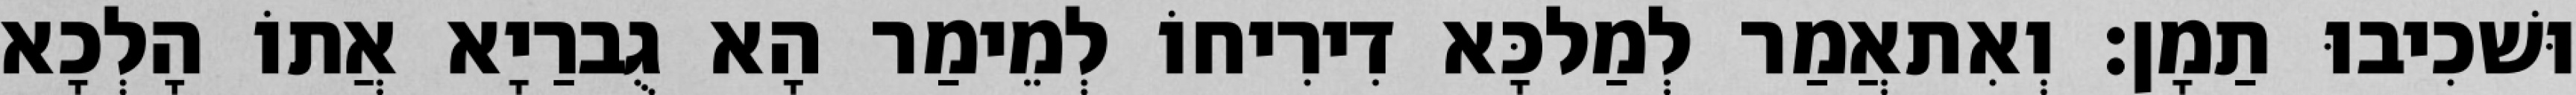
וּשׁכִיבוּ תַמָן׃ וְאִתאֲמַר לְמַלכָּא דִירִיחוֹ לְמֵימַר הָא גֻברַיָא אֲתוֹ הָלְכָא